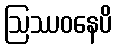
ဩဿဝနေပိ